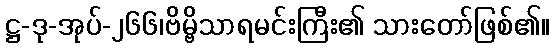
ဋ္ဌ-ဒု-အုပ်-၂၆၆၊ဗိမ္ဗိသာရမင်းကြီး၏ သားတော်ဖြစ်၏။